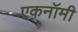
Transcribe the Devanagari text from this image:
एकनॉमी